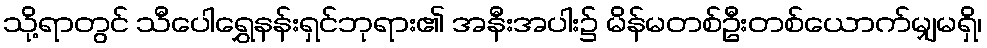
သို့ရာတွင် သီပေါရွှေနန်းရှင်ဘုရား၏ အနီးအပါး၌ မိန်မတစ်ဦးတစ်ယောက်မျှမရှိ၊